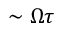
\sim \Omega \tau